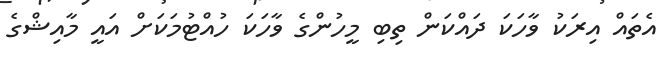
އެތައް އިރަކު ވާހަކަ ދައްކަން ތިބި މީހުންގެ ވާހަކަ ހުއްޓުމަކަށް އައީ މާއިޝްގެ